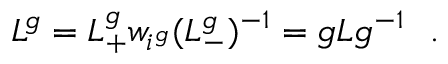
L ^ { g } = L _ { + } ^ { g } w _ { i ^ { g } } ( L _ { - } ^ { g } ) ^ { - 1 } = g L g ^ { - 1 } \ \ .